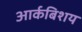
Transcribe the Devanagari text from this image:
आर्कबिशय